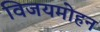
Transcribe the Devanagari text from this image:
विजयमोहन